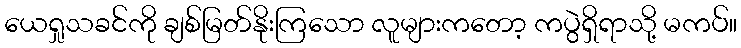
ယေရှုသခင်ကို ချစ်မြတ်နိုးကြသော လူများကတော့ ကပွဲရှိရာသို့ မကပ်။